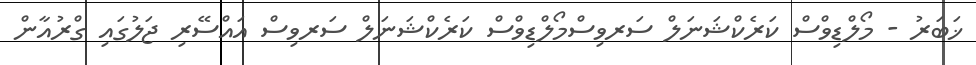
ޚަބަރު - މޯލްޑިވްސް ކަރެކްޝަނަލް ސަރވިސްމޯލްޑިވްސް ކަރެކްޝަނަލް ސަރވިސް އައްސޭރި ޖަލުގައި ގްރުއާން